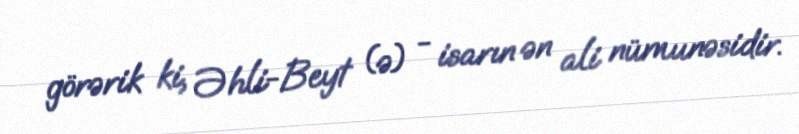
görərik ki, Əhli-Beyt (ə) - isarın ən ali nümunəsidir.